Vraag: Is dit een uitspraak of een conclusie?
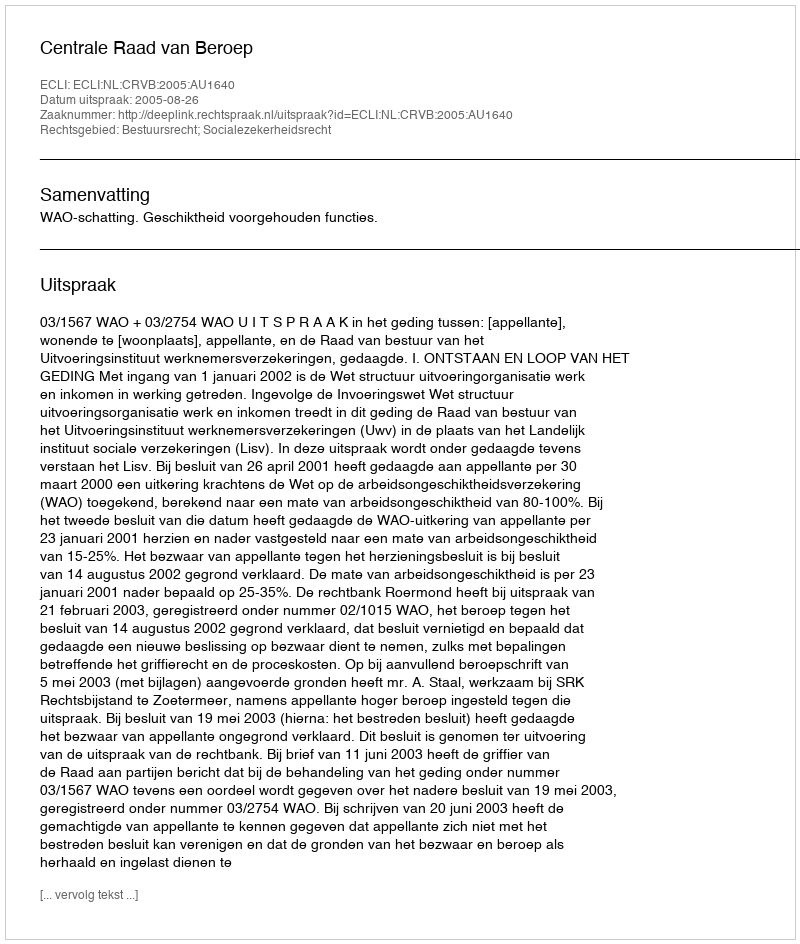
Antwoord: Uitspraak